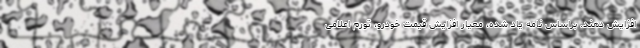
افزایش دهند. براساس نامه یاد شده، معیار افزایش قیمت خودرو، تورم اعلامی